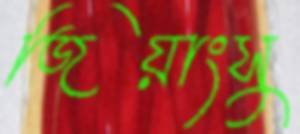
জিয়াংসু